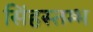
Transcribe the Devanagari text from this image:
सिंहस्तम्भ